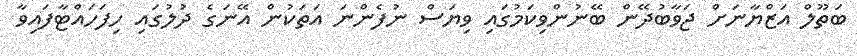
ބަތޫލް އަޒްޔާނަށް ޖަވާބުދޭން ބޭނުންވިކަމުގައި ވިޔަސް ނުފެންނަ އަތަކުން އޭނަގެ ދުލުގައި ހިފަހައްޓާފައިވާ